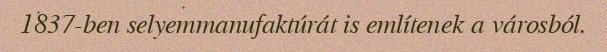
1837-ben selyemmanufaktúrát is említenek a városból.